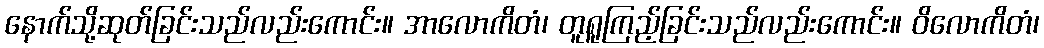
နောက်သို့ဆုတ်ခြင်းသည်လည်းကောင်း။ အာလောကိတံ၊ တူရူကြည့်ခြင်းသည်လည်းကောင်း။ ဝိလောကိတံ၊